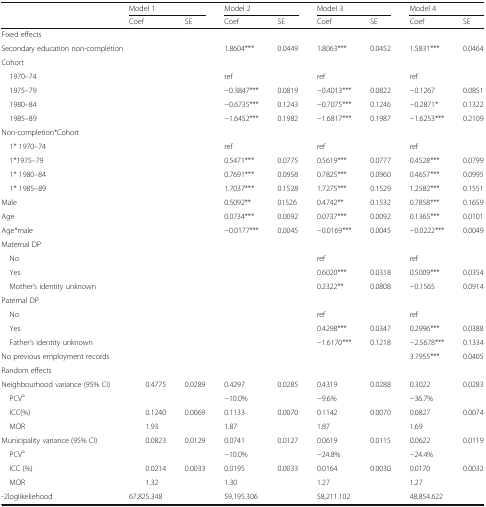
<table><thead><tr><td rowspan="2"></td><td colspan="2"><b>Model 1</b></td><td colspan="2"><b>Model 2</b></td><td colspan="2"><b>Model 3</b></td><td colspan="2"><b>Model 4</b></td></tr><tr><td><b>Coef</b></td><td><b>SE</b></td><td><b>Coef</b></td><td><b>SE</b></td><td><b>Coef</b></td><td><b>SE</b></td><td><b>Coef</b></td><td><b>SE</b></td></tr></thead><tbody><tr><td colspan="9">Fixed effects</td></tr><tr><td colspan="2">Secondary education non-completion</td><td></td><td>1.8604***</td><td>0.0449</td><td>1.8063***</td><td>0.0452</td><td>1.5831***</td><td>0.0464</td></tr><tr><td colspan="9">Cohort</td></tr><tr><td> 1970–74</td><td></td><td></td><td>ref</td><td></td><td>ref</td><td></td><td>ref</td><td></td></tr><tr><td> 1975–79</td><td></td><td></td><td>−0.3847***</td><td>0.0819</td><td>−0.4013***</td><td>0.0822</td><td>−0.1267</td><td>0.0851</td></tr><tr><td> 1980–84</td><td></td><td></td><td>−0.6735***</td><td>0.1243</td><td>−0.7075***</td><td>0.1246</td><td>−0.2871*</td><td>0.1322</td></tr><tr><td> 1985–89</td><td></td><td></td><td>−1.6452***</td><td>0.1982</td><td>−1.6817***</td><td>0.1987</td><td>−1.6253***</td><td>0.2109</td></tr><tr><td colspan="9">Non-completion*Cohort</td></tr><tr><td> 1* 1970–74</td><td></td><td></td><td>ref</td><td></td><td>ref</td><td></td><td>ref</td><td></td></tr><tr><td> 1*1975–79</td><td></td><td></td><td>0.5471***</td><td>0.0775</td><td>0.5619***</td><td>0.0777</td><td>0.4528***</td><td>0.0799</td></tr><tr><td> 1* 1980–84</td><td></td><td></td><td>0.7691***</td><td>0.0958</td><td>0.7825***</td><td>0.0960</td><td>0.4657***</td><td>0.0995</td></tr><tr><td> 1* 1985–89</td><td></td><td></td><td>1.7037***</td><td>0.1528</td><td>1.7275***</td><td>0.1529</td><td>1.2582***</td><td>0.1551</td></tr><tr><td>Male</td><td></td><td></td><td>0.5092**</td><td>01526</td><td>0.4742**</td><td>0.1532</td><td>0.7858***</td><td>0.1659</td></tr><tr><td>Age</td><td></td><td></td><td>0.0734***</td><td>0.0092</td><td>0.0737***</td><td>0.0092</td><td>0.1365***</td><td>0.0101</td></tr><tr><td>Age*male</td><td></td><td></td><td>−0.0177***</td><td>0.0045</td><td>−0.0169***</td><td>0.0045</td><td>−0.0222***</td><td>0.0049</td></tr><tr><td colspan="9">Maternal DP</td></tr><tr><td> No</td><td></td><td></td><td></td><td></td><td>ref</td><td></td><td>ref</td><td></td></tr><tr><td> Yes</td><td></td><td></td><td></td><td></td><td>0.6020***</td><td>0.0318</td><td>0.5009***</td><td>0.0354</td></tr><tr><td> Mother’s identity unknown</td><td></td><td></td><td></td><td></td><td>0.2322**</td><td>0.0808</td><td>−0.1565</td><td>0.0914</td></tr><tr><td colspan="9">Paternal DP</td></tr><tr><td> No</td><td></td><td></td><td></td><td></td><td>ref</td><td></td><td>ref</td><td></td></tr><tr><td> Yes</td><td></td><td></td><td></td><td></td><td>0.4298***</td><td>0.0347</td><td>0.2996***</td><td>0.0388</td></tr><tr><td> Father’s identity unknown</td><td></td><td></td><td></td><td></td><td>−1.6170***</td><td>0.1218</td><td>−2.5678***</td><td>0.1334</td></tr><tr><td>No previous employment records</td><td></td><td></td><td></td><td></td><td></td><td></td><td>3.7955***</td><td>0.0405</td></tr><tr><td colspan="9">Random effects</td></tr><tr><td>Neighbourhood variance (95% CI)</td><td>0.4775</td><td>0.0289</td><td>0.4297</td><td>0.0285</td><td>0.4319</td><td>0.0288</td><td>0.3022</td><td>0.0283</td></tr><tr><td> PCV<sup>a</sup></td><td colspan="2"></td><td colspan="2">−10.0%</td><td colspan="2">−9.6%</td><td colspan="2">−36.7%</td></tr><tr><td> ICC(%)</td><td>0.1240</td><td>0.0069</td><td>0.1133</td><td>0.0070</td><td>0.1142</td><td>0.0070</td><td>0.0827</td><td>0.0074</td></tr><tr><td> MOR</td><td>1.93</td><td></td><td>1.87</td><td></td><td>1.87</td><td></td><td>1.69</td><td></td></tr><tr><td>Municipality variance (95% CI)</td><td>0.0823</td><td>0.0129</td><td>0.0741</td><td>0.0127</td><td>0.0619</td><td>0.0115</td><td>0.0622</td><td>0.0119</td></tr><tr><td> PCV<sup>a</sup></td><td colspan="2"></td><td colspan="2">−10.0%</td><td colspan="2">−24.8%</td><td colspan="2">−24.4%</td></tr><tr><td> ICC (%)</td><td>0.0214</td><td>0.0033</td><td>0.0195</td><td>0.0033</td><td>0.0164</td><td>0.0030</td><td>0.0170</td><td>0.0032</td></tr><tr><td> MOR</td><td>1.32</td><td></td><td>1.30</td><td></td><td>1.27</td><td></td><td>1.27</td><td></td></tr><tr><td>-2loglikeliehood</td><td>67,825.348</td><td></td><td>59,195.306</td><td></td><td>58,211.102</td><td></td><td>48,854.622</td><td></td></tr></tbody></table>